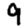
Digit: 9